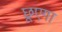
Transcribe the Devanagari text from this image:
छूएगा